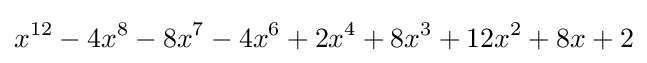
x^{12}-4x^{8}-8x^{7}-4x^{6}+2x^{4}+8x^{3}+12x^{2}+8x+2